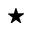
\star